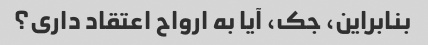
بنابراین، جک، آیا به ارواح اعتقاد داری؟